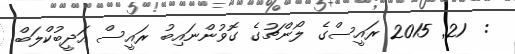
:  21